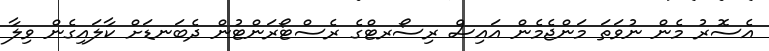
އެސޮރު މެން ނުވަތަ މަންޖެމެން އައިސް ރިސޯރޓްގެ ރެސްޓޯރަންޓުން ދެބަނޑަށް ކާލައިގެން ވިލާ